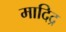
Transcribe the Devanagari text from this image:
मादिद्र